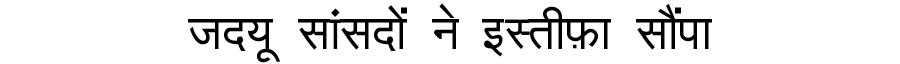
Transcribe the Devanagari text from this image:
जदयू सांसदों ने इस्तीफ़ा सौंपा